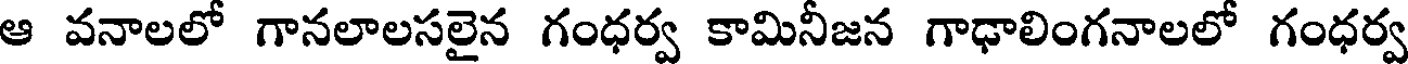
ఆ వనాలలో గానలాలసలైన గంధర్వ కామినీజన గాఢాలింగనాలలో గంధర్వ